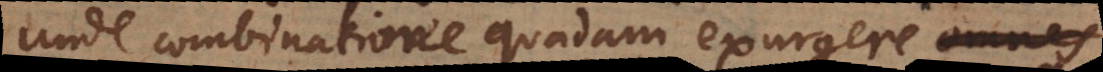
unde combinatione quadam exurgere omnes